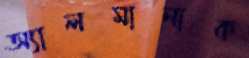
অ্যালমানাক